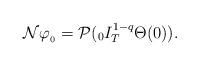
LaTeX: \begin{align*}\mathcal{N} \varphi_{_{0}} = \mathcal{P}({}_{0}I_{T}^{1-q} \Theta(0)).\end{align*}